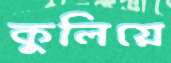
কুলিয়ে